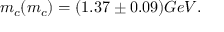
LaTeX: m _ { c } ( m _ { c } ) = ( 1 . 3 7 \pm 0 . 0 9 ) G e V .